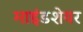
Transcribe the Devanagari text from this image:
माइंडशेयर